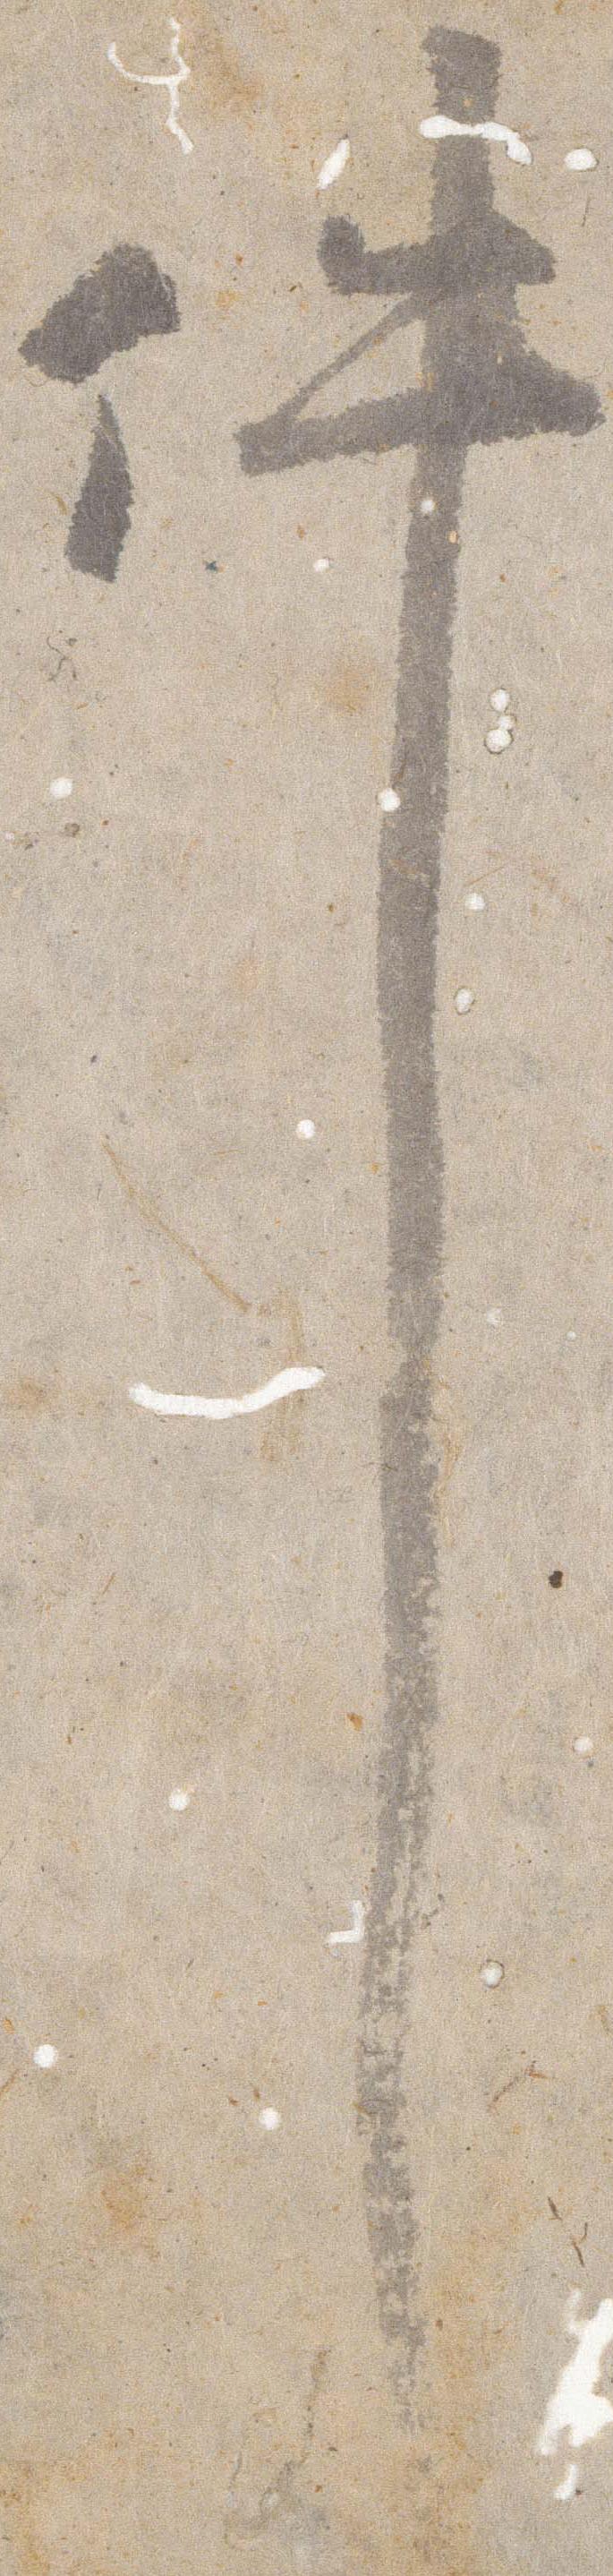
件